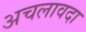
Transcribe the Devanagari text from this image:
अचलावदा